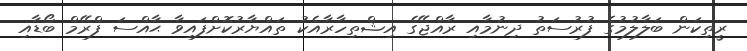
ރީތިކަން ބަލާލުމުގެ ފުރުސަތު ދިނުމާއި ރާއްޖޭގެ އިޝްތިހާރާއެކު ތައްޔާރުކޮށްފައިވާ ޙާއްސަ ފްރޭމް ބޯޑާއި